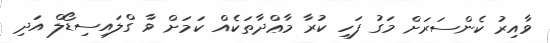
ވާއިރު ކެންސަރަށް މަގު ފަހި ކުރާ މާޢްދާތަކެއް ކަމަށް ވާ ގްލައިސިޑޯލް އަދި